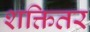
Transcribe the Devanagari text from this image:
शक्तितर